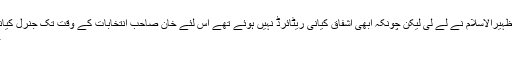
جنرل پاشا ریٹائرڈ ہوگئے تو ان کی جگہ لیفٹیننٹ جنرل ظہیرالاسلام نے لے لی لیکن چونکہ ابھی اشفاق کیانی ریٹائرڈ نہیں ہوئے تھے اس لئے خان صاحب انتخابات کے وقت تک جنرل کیانی سے کم وبیش اتنے متاثر تھے جتنے ہمارے استاداور
عمران خان کے شیدائی ہارون الرشید صاحب متاثرتھے ۔